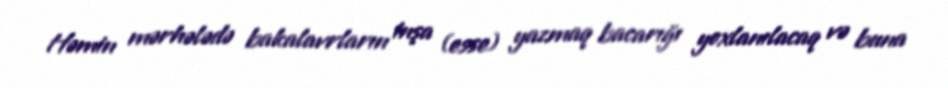
Həmin mərhələdə bakalavrların inşa (esse) yazmaq bacarığı yoxlanılacaq və buna